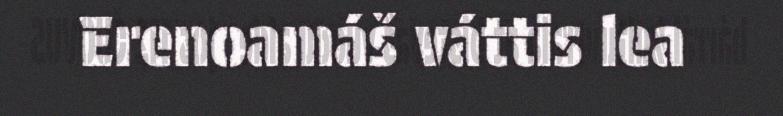
Erenoamáš váttis lea